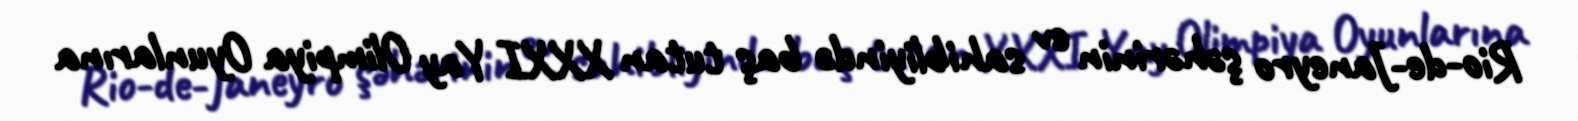
Rio-de-Janeyro şəhərinin ev sahibliyində baş tutan XXXI Yay Olimpiya Oyunlarına